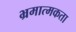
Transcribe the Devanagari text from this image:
भ्रमात्मकता